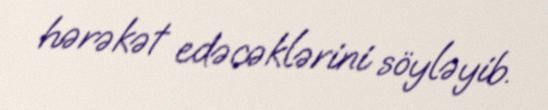
hərəkət edəcəklərini söyləyib.